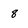
Character: 8